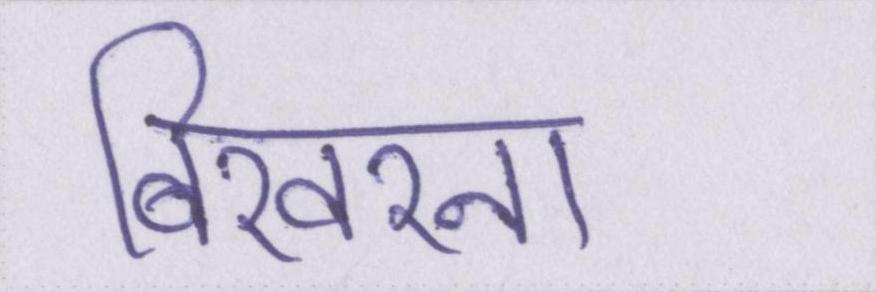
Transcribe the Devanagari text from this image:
बिखरना